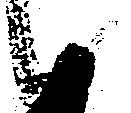
候